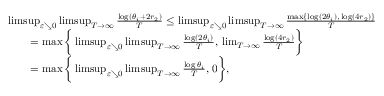
\begin{array} { r l } & { \operatorname* { l i m s u p } _ { \varepsilon \searrow 0 } \operatorname* { l i m s u p } _ { T \to \infty } \frac { \log ( \theta _ { i } + 2 r _ { 2 } ) } { T } \leq \operatorname* { l i m s u p } _ { \varepsilon \searrow 0 } \operatorname* { l i m s u p } _ { T \to \infty } \frac { \operatorname* { m a x } \{ \log ( 2 \theta _ { i } ) , \, \log ( 4 r _ { 2 } ) \} } { T } } \\ & { \qquad = \operatorname* { m a x } \bigg \{ \operatorname* { l i m s u p } _ { \varepsilon \searrow 0 } \operatorname* { l i m s u p } _ { T \to \infty } \frac { \log ( 2 \theta _ { i } ) } { T } , \, \operatorname* { l i m } _ { T \to \infty } \frac { \log ( 4 r _ { 2 } ) } { T } \bigg \} } \\ & { \qquad = \operatorname* { m a x } \bigg \{ \operatorname* { l i m s u p } _ { \varepsilon \searrow 0 } \operatorname* { l i m s u p } _ { T \to \infty } \frac { \log \theta _ { i } } { T } , \, 0 \bigg \} , } \end{array}